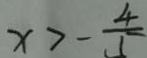
x > - \frac { 4 } { 5 }